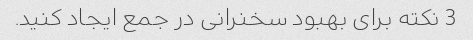
3 نکته برای بهبود سخنرانی در جمع ایجاد کنید.